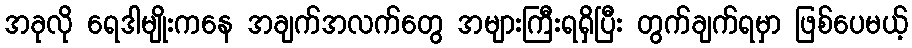
အခုလို ရေဒါမျိုးကနေ အချက်အလက်တွေ အများကြီးရရှိပြီး တွက်ချက်ရမှာ ဖြစ်ပေမယ့်